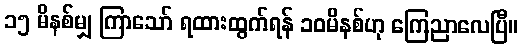
၁၅ မိနစ်မျှ ကြာသော် ရထားထွက်ရန် ၁၀မိနစ်ဟု ကြေညာလေပြီ။